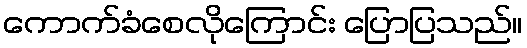
ကောက်ခံစေလိုကြောင်း ပြောပြသည်။